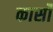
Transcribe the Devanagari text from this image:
कार्सो